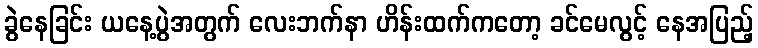
ခွဲနေခြင်း ယနေ့ပွဲအတွက် လေးဘက်နာ ဟိန်းထက်ကတော့ ခင်မေလွင့် နေအပြည့်